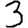
Digit: 3